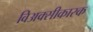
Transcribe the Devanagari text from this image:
विअक्सीकारक